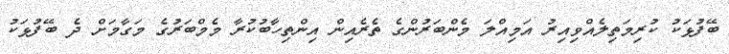
ބޭފުޅަކު ކުރިމަތިލެއްވިއިރު އަމިއްލަ މެންބަރުންގެ ތެރެއިން އިންތިހާބުކުރާ މެމްބަރުގެ މަގާމަށް ދެ ބޭފުޅަކު